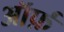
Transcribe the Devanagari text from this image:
ऑर्फ़